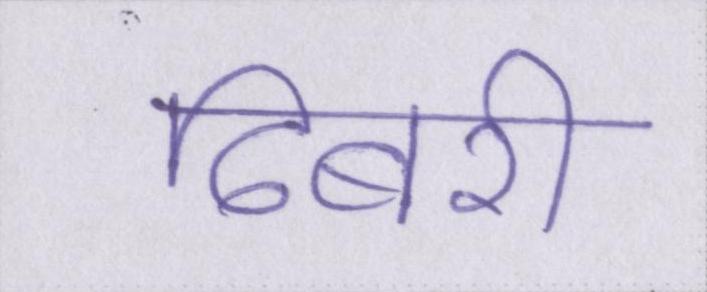
ढिबरी